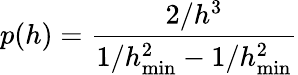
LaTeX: p(h)=\frac{2/h^{3}}{1/h_{\operatorname*{min}}^{2}-1/h_{\operatorname*{min}}^{2}}